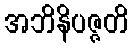
အဘိနိပဇ္ဇတိ